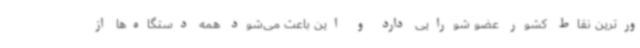
ورترین نقاط کشور عضو شورایی دارد و این باعث می‌شود همه دستگاه‌ها از